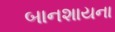
બાનશાયના